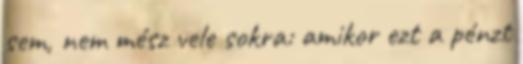
sem, nem mész vele sokra: amikor ezt a pénzt